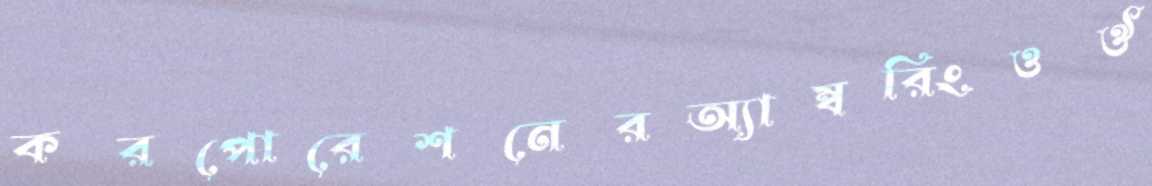
করপোরেশনেরঅ্যাম্বরিংওঔ